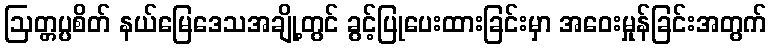
ဩတ္တပ္ပစိတ် နယ်မြေဒေသအချို့တွင် ခွင့်ပြုပေးထားခြင်းမှာ အဝေးမှုန်ခြင်းအတွက်